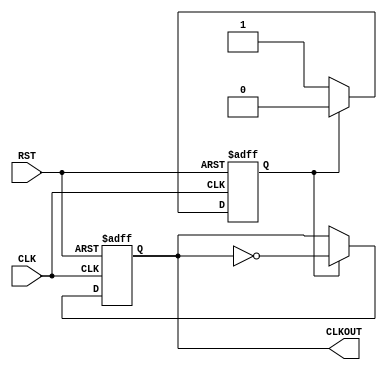
`timescale 1ns / 1ps
//////////////////////////////////////////////////////////////////////////////////
// Company: 
// Engineer: 
// 
// Design Name: 
// Module Name: ClkDiv_50MHz
// Project Name: 
// Target Devices: 
// Tool Versions: 
// Description: 
// 
// Dependencies: 
// 
// Revision:
// Revision 0.01 - File Created
// Additional Comments:
// 
//////////////////////////////////////////////////////////////////////////////////


module ClkDiv_50MHz(
		CLK,
RST,
CLKOUT
);

input             CLK;        // 100MHz onboard clock
input             RST;        // Reset
output         CLKOUT;    // New clock output
reg              CLKOUT;
reg              flag;

always @(posedge CLK or posedge RST)
    // Reset clock
    if (RST == 1'b1) 
    begin
        CLKOUT <= 0;
        flag <= 0;
    end
    else 
    begin
        if (flag == 1)
        begin
            CLKOUT <= ~CLKOUT;
            flag <= 0;
        end
        else 
        begin
            flag <= 1;
        end
    end
endmodule